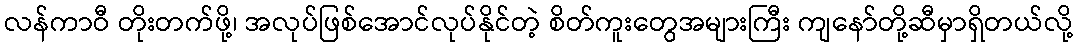
လန်ကာဝီ တိုးတက်ဖို့၊ အလုပ်ဖြစ်အောင်လုပ်နိုင်တဲ့ စိတ်ကူးတွေအများကြီး ကျနော်တို့ဆီမှာရှိတယ်လို့